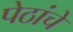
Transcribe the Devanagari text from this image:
पेठांचे